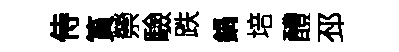
侍篔禜驗跌鍋培醴邳